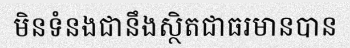
មិនទំនងជានឹងស្ថិតជាធរមានបាន